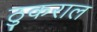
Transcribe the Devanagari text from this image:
ठुकराल